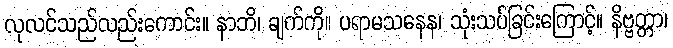
လုလင်သည်လည်းကောင်း။ နာဘိ၊ ချက်ကို။ ပရာမသနေန၊ သုံးသပ်ခြင်းကြောင့်။ နိဗ္ဗတ္တာ၊